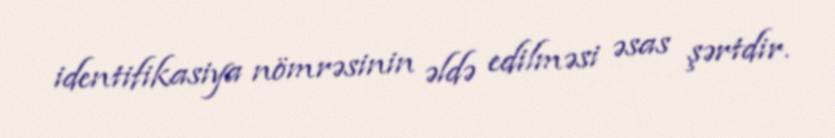
identifikasiya nömrəsinin əldə edilməsi əsas şərtdir.